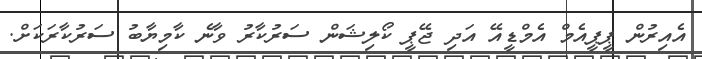
އެއިރުން ޕީޕީއެމް އެމްޑީއޭ އަދި ޖޭޕީ ކޯލިޝަން ސަރުކާރު ވާނެ ކާމިޔާބު ސަރުކާރަކަށް.